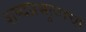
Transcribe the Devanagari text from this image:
शब्दप्रभुत्वाचा